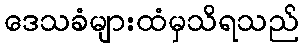
ဒေသခံများထံမှသိရသည်